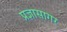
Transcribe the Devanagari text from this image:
प्रज्ञासागर